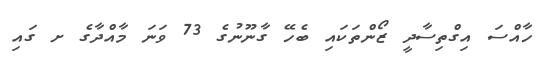
ހާއްސަ އިގްތިސާދީ ޒޯންތަކައި ބެހޭ ގާނޫނުގެ 73 ވަނަ މާއްދާގެ ށ ގައި